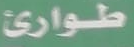
طوارئ